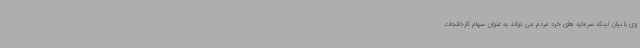
وی با بیان اینکه سرمایه های خرد مردم می تواند به عنوان سهام کارخانجات